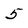
Character: 5